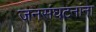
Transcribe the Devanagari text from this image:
जनसंघटनांना